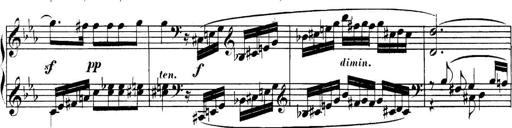
Title: Collected Piano Sonatas
Composer: Muzio Clementi